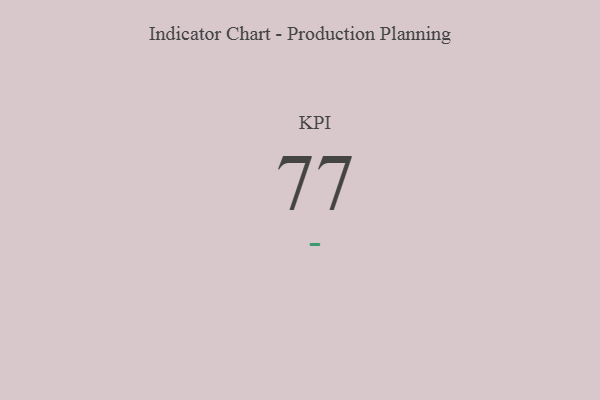
{"axis": {"x": "KPI", "y": "Value"}, "legend": [""], "data": [{"x": "KPI", "y": 77, "type": ""}]}